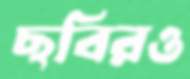
ছবিরও